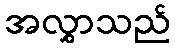
အလွှာသည်